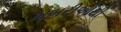
ખબરીઓથી